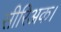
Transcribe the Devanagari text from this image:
सीरिअक।